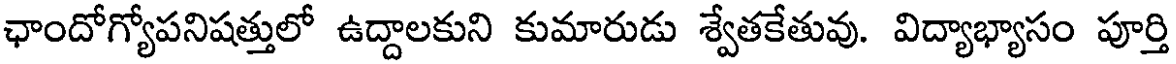
ఛాందోగ్యోపనిషత్తులో ఉద్దాలకుని కుమారుడు శ్వేతకేతువు. విద్యాభ్యాసం పూర్తి